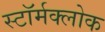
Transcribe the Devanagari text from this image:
स्टॉर्मक्लोक